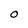
Character: O